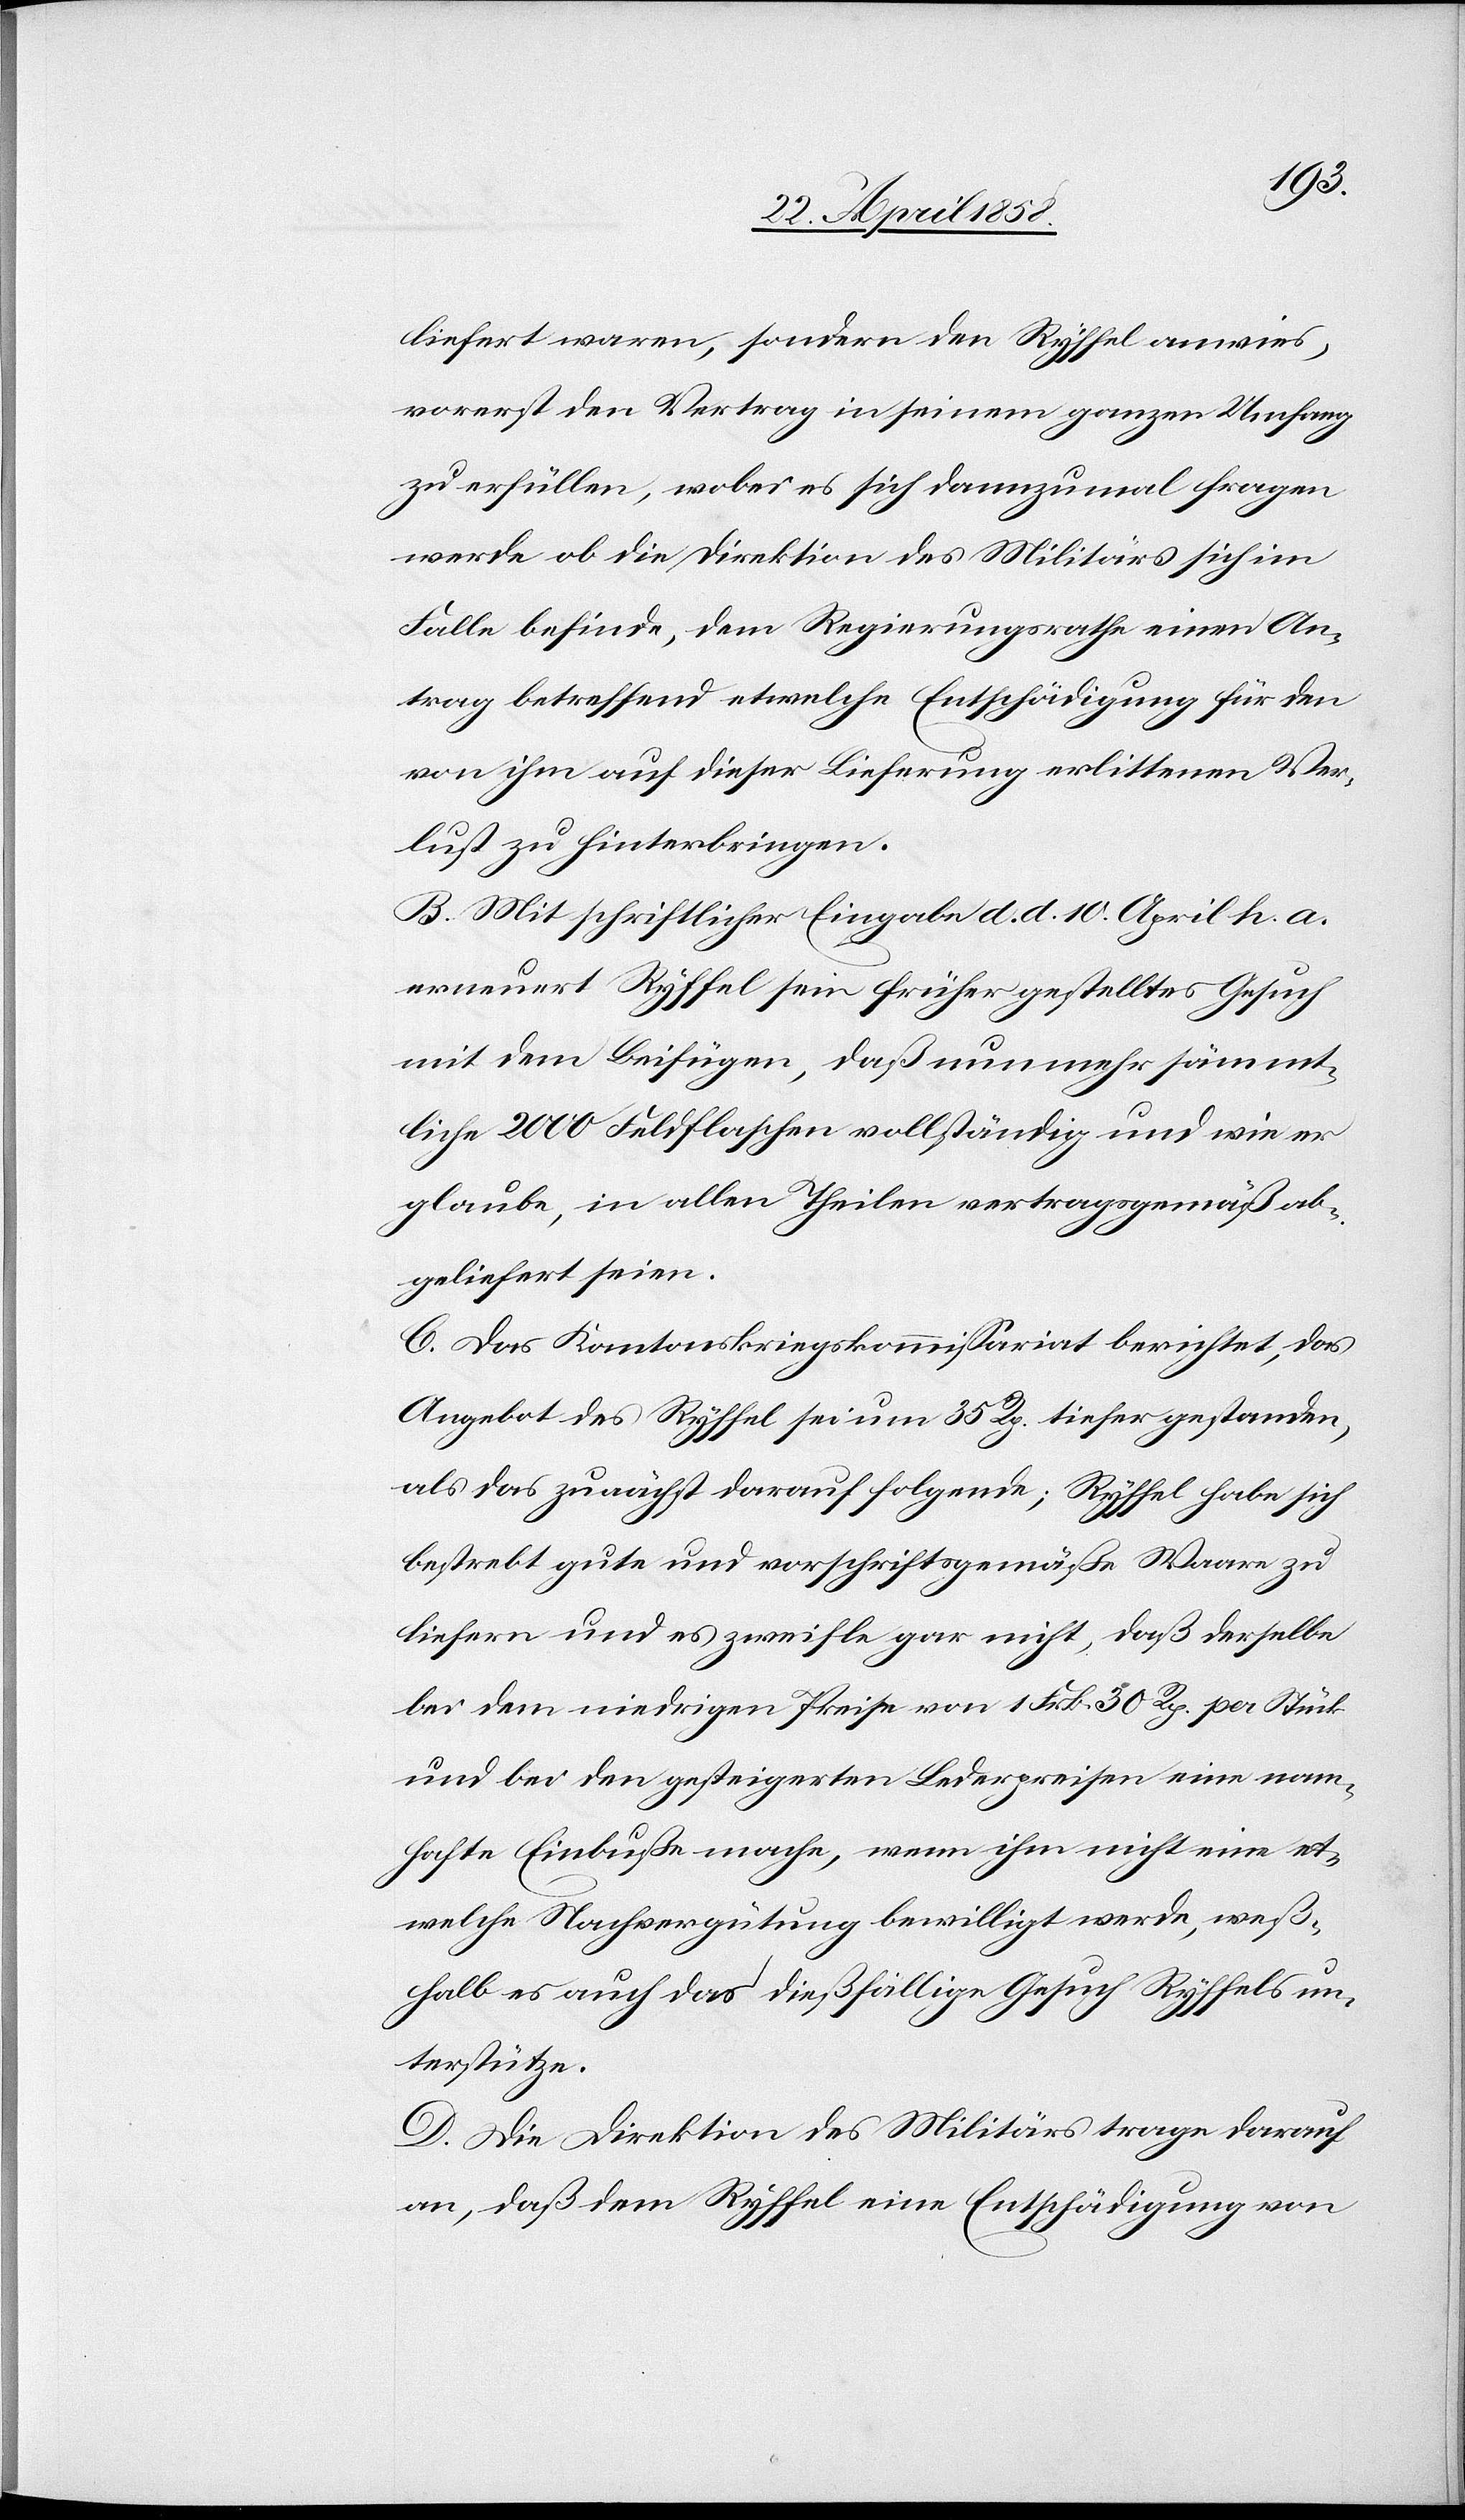
liefert waren, sondern den Ryffel anwies,
vorerst den Vertrag in seinem ganzen Umfang
zu erfüllen, wobei es sich dannzumal fragen
werde ob die Direktion des Militärs sich im
Falle befinde, dem Regierungsrathe einen An¬
trag betreffend etwelche Entschädigung für den
von ihm auf dieser Lieferung erlittenen Ver¬
lust zu hinterbringen.
B. Mit schriftlicher Eingabe d. d. 10. April h. a.
erneuert Ryffel sein früher gestelltes Gesuch
mit dem Beifügen, daß nunmehr sämmt¬
liche 2000 Feldflaschen vollständig und wie er
glaube, in allen Theilen vertragsgemäß ab¬
geliefert seien.
C. Das Kantonskriegskommissariat berichtet, das
Angebot des Ryffel sei um 35 Rp. tiefer gestanden,
als das zunächst darauf folgende; Ryffel habe sich
bestrebt gute und vorschriftsgemäße Waare zu
liefern und es zweifle gar nicht, daß derselbe
bei dem niedrigen Preise von 1 Frk. 30 Rp. per Stück
und bei den gesteigerten Lederpreisen eine nam¬
hafte Einbuße mache, wenn ihm nicht eine et¬
welche Nachvergütung bewilligt werde, weß¬
halb es auch das dießfällige Gesuch Ryffels un¬
terstütze.
D. Die Direktion des Militärs trage darauf
an, daß dem Ryffel eine Entschädigung von